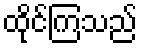
ထိုင်ကြသည်